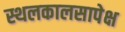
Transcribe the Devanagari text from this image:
स्थलकालसापेक्ष